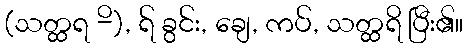
(သတ္ထရ -ိ), ရ် ခွင်း, ချေ, ကပ်, သတ္ထရိ ပြီး၏။